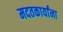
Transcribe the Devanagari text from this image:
मदतकार्यांना